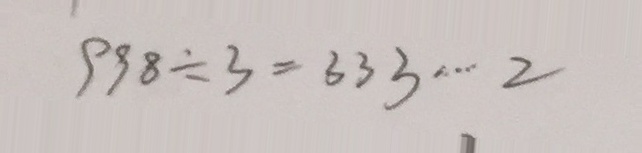
9 9 8 \div 3 = 3 3 3 \cdots 2